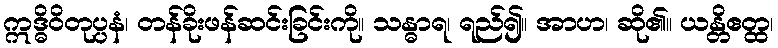
ဣဒ္ဓိဝိတုပ္ပနံ၊ တန်ခိုးဖန်ဆင်းခြင်းကို။ သန္ဓာရ၊ ရည်၍။ အာဟ၊ ဆို၏။ ယန္တိဧတ္ထ၊